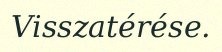
Visszatérése.